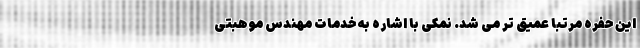
این حفره مرتبا عمیق تر می شد. نمکی با اشاره به خدمات مهندس موهبتی